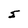
Character: 5